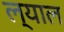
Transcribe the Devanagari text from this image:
ल्याल